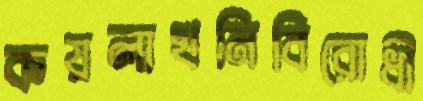
কয়লাখনিবিরোধী